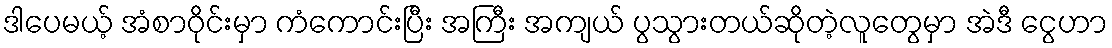
ဒါပေမယ့် အံစာဝိုင်းမှာ ကံကောင်းပြီး အကြီး အကျယ် ပွသွားတယ်ဆိုတဲ့လူတွေမှာ အဲဒီ ငွေဟာ